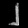
Digit: ၂